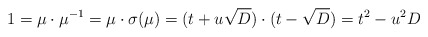
\begin{align*}1=\mu\cdot \mu^{-1}=\mu \cdot \sigma(\mu)=(t+u\sqrt{D})\cdot(t-\sqrt{D})=t^2 - u^2D\end{align*}